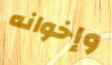
وإخوانه